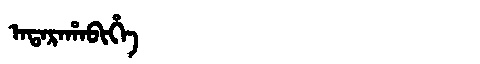
Manchu: ᠠᡨᠠᡵᠠᡥᠠᠪᡳᡥᡝ
Romanization: ATARAHABIHE